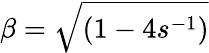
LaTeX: \beta=\sqrt{(1-4s^{-1})}